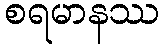
စရမာနဿ